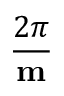
\frac { 2 \pi } { \mathbf { m } }